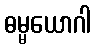
ဓမ္မယောဂါ